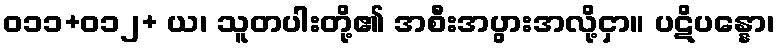
ဝ၁၁+၀၁၂+ ယ၊ သူတပါးတို့၏ အစီးအပွားအလို့ငှာ။ ပဋိပန္နော၊